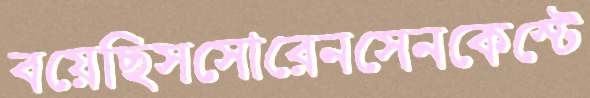
বয়েছিসসোরেনসেনকেস্টে